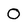
Character: O